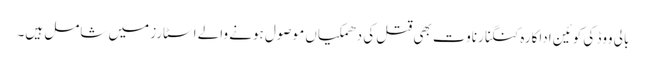
بالی ووڈ کی کوئین اداکارہ کنگنا رناوت بھی قتل کی دھمکیاں موصول ہونے والے اسٹارز میں شامل ہیں۔